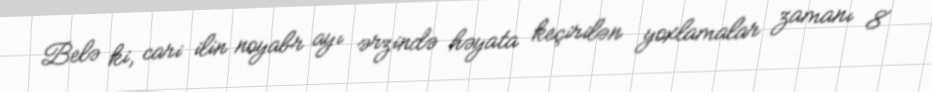
Belə ki, cari ilin noyabr ayı ərzində həyata keçirilən yoxlamalar zamanı 8